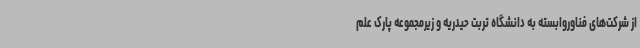
از شرکت‌های فناوروابسته به دانشگاه تربت حیدریه و زیرمجموعه پارک علم